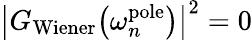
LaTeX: \big|G_{\mathrm{Wiener}}\big(\omega_{n}^{\mathrm{pole}}\big)\big|^{2}=0